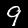
Digit: 9